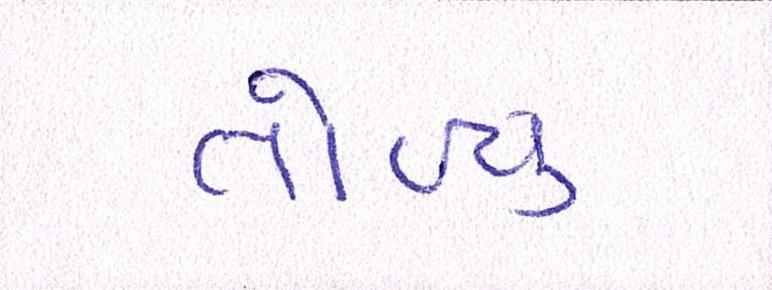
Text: તોળ્યું